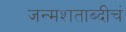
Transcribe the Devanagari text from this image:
जन्मशताब्दीचं